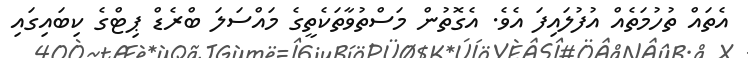
އެތައް ތުހުމަތެއް އުފުލައިފަ އެވެ. އެގޮތުން މަސްތުވާތަކެތީގެ މައްސަލަ ބްރެޑް ޕިޓްގެ ކިބައިގައި